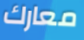
معارك